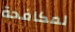
لمكافحة